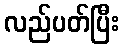
လည်ပတ်ပြီး